Report on sanitation, dispensaries, and jails in Rajputana for 1918, and on vaccination for the year 1918-1919 - 1918-1919
Year: 1918
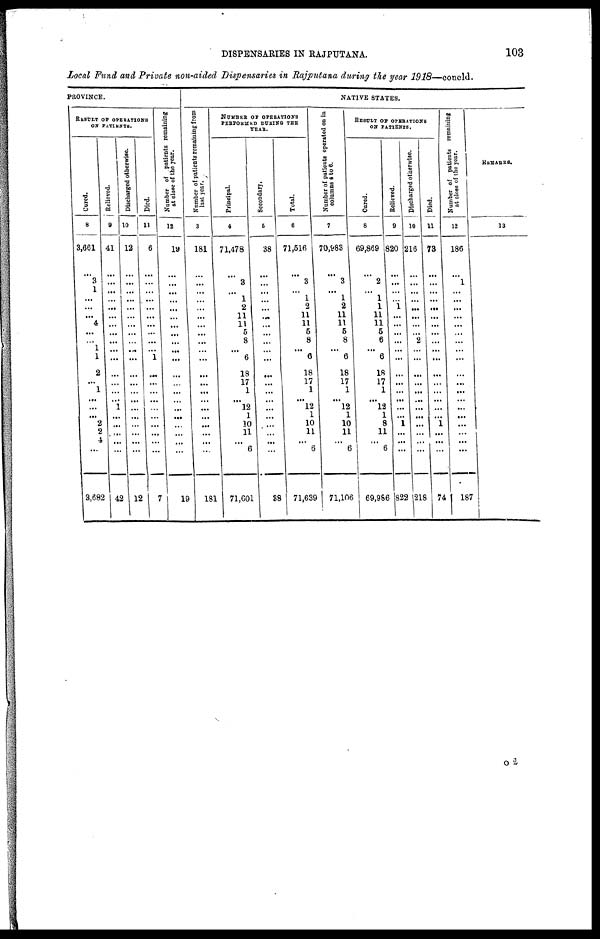
DISPENSARIES IN RAJPUTANA.
103
Local Fund and Private non-aided Dispensaries in Rajputana during the year 1918—concld.
PROVINCE.
RESULT OF OPERATIONS
ON PATIENTS.
Cured.
8
3,661
...
3
1
...
...
...
4
...
...
1
1
2
...
1
...
...
...
2
2
4
...
3,682
Relieved.
9
41
...
...
...
...
...
...
...
...
...
...
...
...
...
...
...
1
...
...
...
...
...
42
Discharged otherwise
10
12
...
...
...
...
...
...
...
...
...
...
...
...
...
...
...
...
...
...
...
...
...
12
Died.
11
6
...
...
...
...
...
...
...
...
...
...
1
...
...
...
...
...
...
...
...
...
...
7
Number of patients remaining
at close of the year.
12
19
...
...
...
...
...
...
...
...
...
...
...
...
...
...
...
...
...
...
...
...
...
19
NATIVE STATES.
Number of patients remaining from
last year.
3
181
...
...
...
...
...
...
...
...
...
...
...
...
...
...
...
...
...
...
...
...
...
181
NUMBER OF OPERATIONS
PERFORMED DURING THE
YEAR.
Principal.
4
71,478
...
3
...
1
2
11
11
5
8
...
6
18
17
1
...
12
1
10
11
...
6
71,601
Secondary.
5
38
...
...
...
...
...
...
...
...
...
...
...
...
...
...
...
...
...
...
...
...
...
38
Total.
6
71,516
...
3
...
1
2
11
11
5
8
...
6
18
17
1
... 12
1
10
11
...
6
71,639
Number of patients operated on in
columns 4 to 6.
7
70,983
...
3
...
1
2
11
11
5
8
...
6
18
17
1
... 12
1
10
11
...
6
71,106
RESULT OF OPERATIONS
ON PATIENTS.
Cured.
8
69,869
...
2
...
1
1
11
11
5
6
...
6
18
17
1
... 12
1
8
11
...
6
69,986
Relieved.
9
820
...
...
...
...
1
...
...
...
...
...
...
...
...
...
...
...
...
1
...
...
...
822
Discharged otherwise.
10
216
...
...
...
...
...
...
...
...
2
...
...
...
...
...
...
...
...
...
...
...
...
218
Died.
11
73
...
...
...
...
...
...
...
...
...
...
...
...
...
...
...
...
...
1
...
...
...
74
Number of patients remaining
at class of the year.
12
186
...
1
...
...
...
...
...
...
...
...
...
...
...
...
...
...
...
...
...
...
...
187
REMARKS.
13